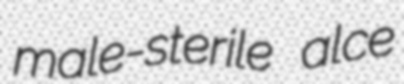
male-sterile alce